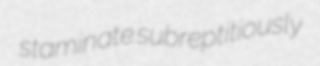
staminate subreptitiously